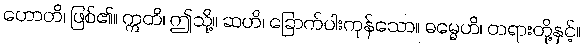
ဟောတိ၊ ဖြစ်၏။ ဣတိ၊ ဤသို့။ ဆဟိ၊ ခြောက်ပါးကုန်သော။ ဓမ္မေဟိ၊ တရားတို့နှင့်။